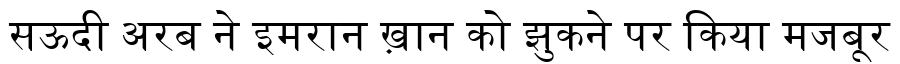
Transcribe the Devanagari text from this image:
सऊदी अरब ने इमरान ख़ान को झुकने पर किया मजबूर